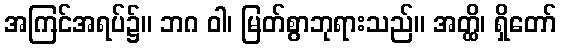
အကြင်အရပ်၌။ ဘဂ ဝါ၊ မြတ်စွာဘုရားသည်။ အတ္ထိ၊ ရှိတော်